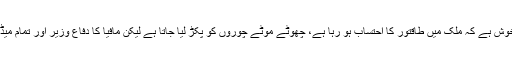
انہوں نے کہا کہ قوم خوش ہے کہ ملک میں طاقتور کا احتساب ہو رہا ہے، چھوٹے موٹے چوروں کو پکڑ لیا جاتا ہے لیکن مافیا کا دفاع وزیر اور تمام میڈیا ہاﺅسز کر رہے ہیں۔